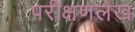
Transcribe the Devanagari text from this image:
परीक्षणलेख